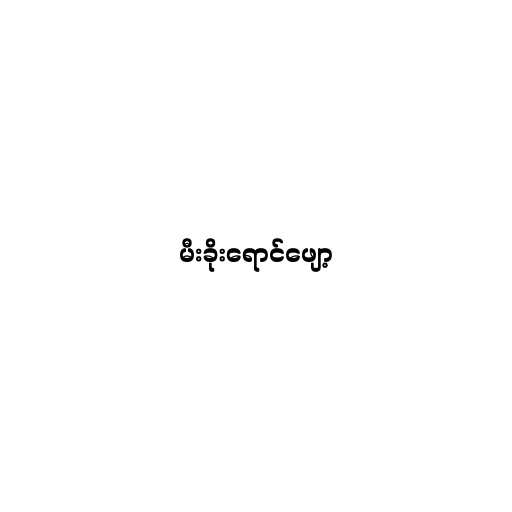
မီးခိုးရောင်ဖျော့